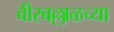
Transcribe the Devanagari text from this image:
वीरबल्लाळच्या